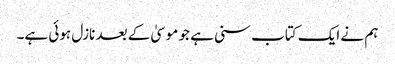
ہم نے ایک کتاب سنی ہے جو موسیٰ کے بعد نازل ہوئی ہے۔